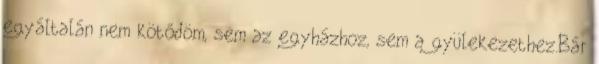
egyáltalán nem kötődöm, sem az egyházhoz, sem a gyülekezethez.Bár